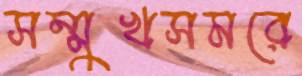
সম্মুখসমরে